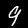
Label: 9